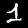
Digit: 1